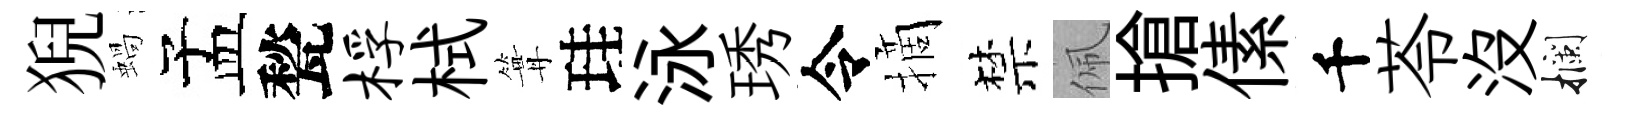
猊蝸孟甃桴栻篝珪泳琇令摘禁佩搶傃千苓没攔